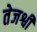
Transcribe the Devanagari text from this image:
तेजश्वी